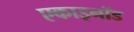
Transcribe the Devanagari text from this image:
एकाइनॉड